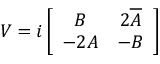
V = i \left[ \begin{array} { c c } { { B } } & { { 2 \overline { { { A } } } } } \\ { { - 2 A } } & { { - B } } \end{array} \right]